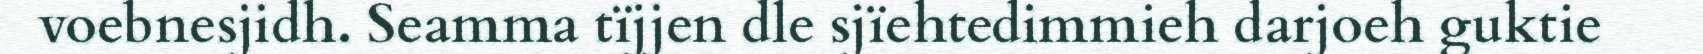
voebnesjidh. Seamma tïjjen dle sjïehtedimmieh darjoeh guktie